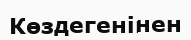
Көздегенінен